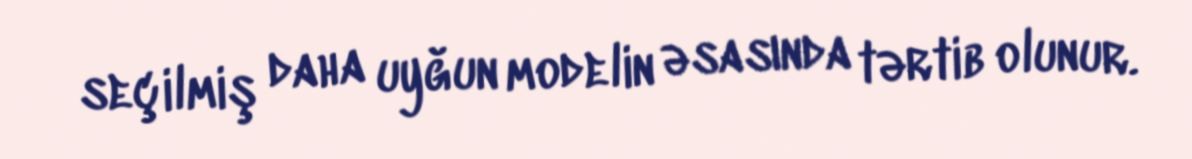
seçilmiş daha uyğun modelin əsasında tərtib olunur.